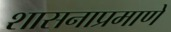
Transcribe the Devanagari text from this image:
शासनाप्रमाणे